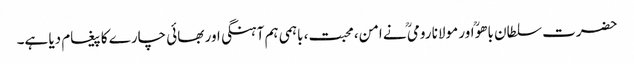
حضرت سلطان باھوؒ اور مولانا رومیؒ نے امن، محبت، باہمی ہم آہنگی اور بھائی چارے کا پیغام دیا ہے۔